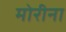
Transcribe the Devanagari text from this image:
मोरीना